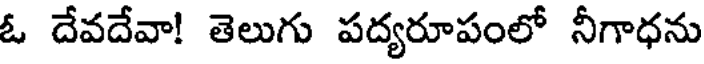
ఓ దేవదేవా! తెలుగు పద్యరూపంలో నీగాధను